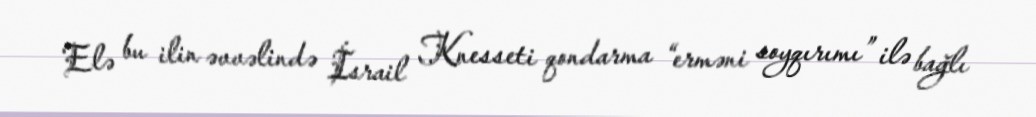
Elə bu ilin əvvəlində İsrail Knesseti qondarma “erməni soyqırımı” ilə bağlı